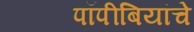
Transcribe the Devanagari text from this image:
पॉपीबियांचे